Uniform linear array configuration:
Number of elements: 64
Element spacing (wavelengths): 0.75
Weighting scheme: hamming
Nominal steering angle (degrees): -45
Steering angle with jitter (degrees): -46.58
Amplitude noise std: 0.05
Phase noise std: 0.05

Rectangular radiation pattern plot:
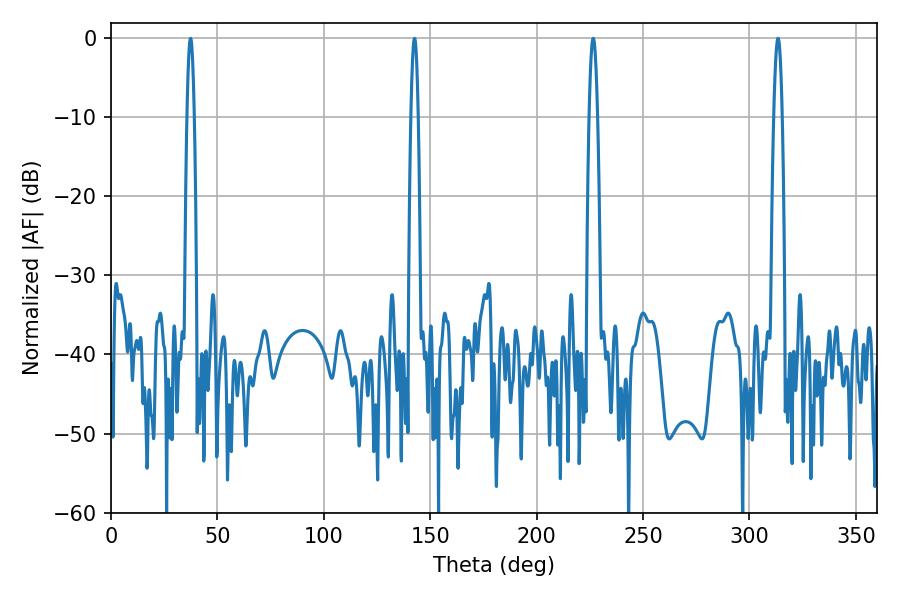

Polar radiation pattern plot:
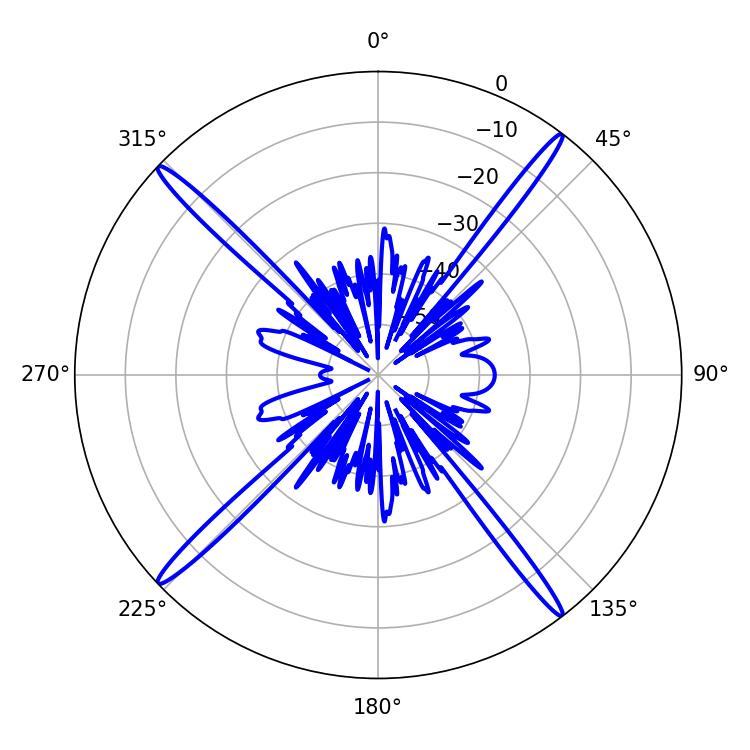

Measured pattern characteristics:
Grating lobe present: TRUE
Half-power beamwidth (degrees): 2.16
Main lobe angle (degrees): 313.38